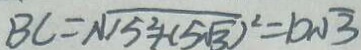
B C = \sqrt { 1 5 ^ { 2 } + ( 5 \sqrt { 3 } ) ^ { 2 } } = 1 2 \sqrt { 3 }